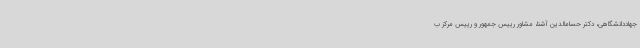
جهاددانشگاهی، دکتر حسامالدین آشنا، مشاور رییس جمهور و رییس مرکز ب